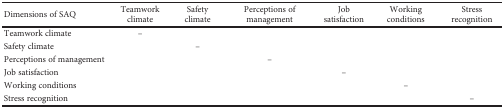
| Dimensions of SAQ | Teamwork climate | Safety climate | Perceptions of management | Job satisfaction | Working conditions | Stress recognition |
 | --- | --- | --- | --- | --- | --- | --- |
 | Teamwork climate | – |  |  |  |  |  |
 | Safety climate |  | – |  |  |  |  |
 | Perceptions of management |  |  | – |  |  |  |
 | Job satisfaction |  |  |  | – |  |  |
 | Working conditions |  |  |  |  | – |  |
 | Stress recognition |  |  |  |  |  | – |